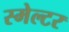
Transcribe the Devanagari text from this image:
स्मेल्टर